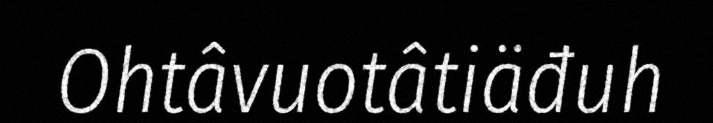
Ohtâvuotâtiäđuh